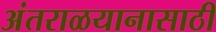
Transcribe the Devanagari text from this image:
अंतराळयानासाठी